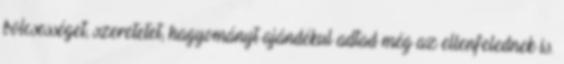
bölcsességet, szeretetet, hagyományt ajándékul adtad még az ellenfelednek is.